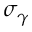
\sigma _ { \gamma }